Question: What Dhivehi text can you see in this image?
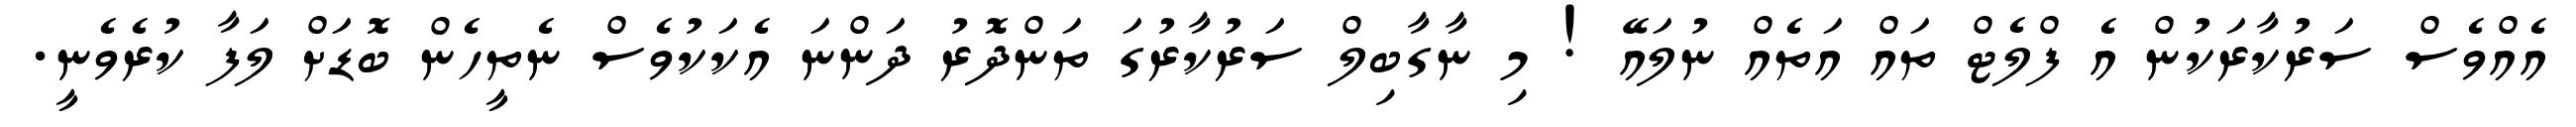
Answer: އެއްވެސް ސަރުކާރަކުން އެ ފްލެޓް ތައް އަތެއް ނުލައޭ ! މި ނާގާބިލް ސަރުކާރުގަ ތަންދޮރު ދަންނަ އެކަކުވެސް ނެތީހެން ބޮޑަށް ލަފާ ކުރެވެނީ.